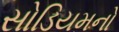
સોડિયમનો